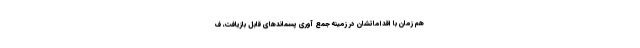
هم زمان با اقداماتشان در زمینه جمع آوری پسماندهای قابل بازیافت، ف